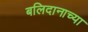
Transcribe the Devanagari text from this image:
बलिदानाच्या